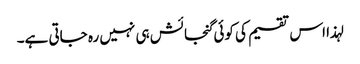
لہذا اس تقسیم کی کوئی گنجائش ہی نہیں رہ جاتی ہے۔